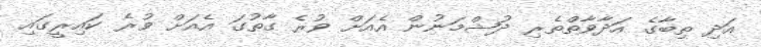
އަދި ތިބާގެ އަދާވާތްތެރި ދުޝްމަނުން އެއަށް ވުރެ ގާތުގަ އެއަށް ވުރެ ކައިރީގައި